Scottish Leaving Certificate Examination, 1956
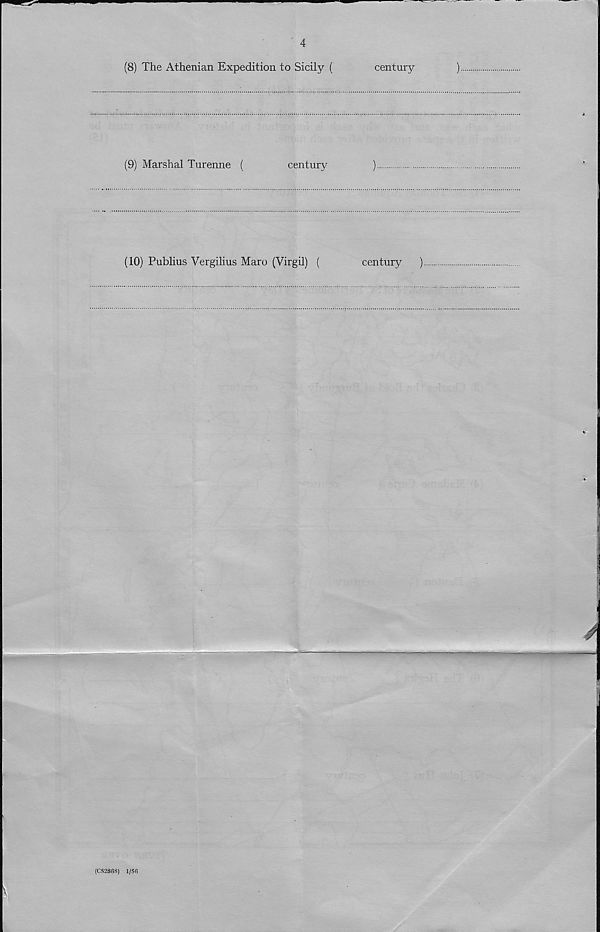
4
(8) The Athenian Expedition to Sicily (
century
)
(9) Marshal Turenne (
century
)
(10) Publius Vergilius Maro (Virgil) (
century
)